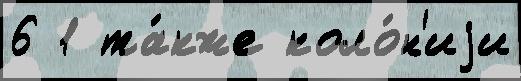
6 1 та́кже коло́н'иjи